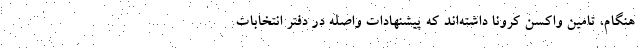
هنگام، تامین واکسن کرونا داشته‌اند که پیشنهادات واصله در دفتر انتخابات